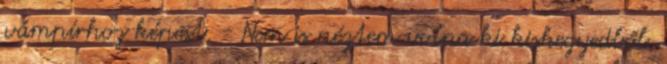
vámpírhoz képest. - Nem is néztem volna ki kiskegyedből,